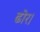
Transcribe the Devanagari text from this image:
ढोर।